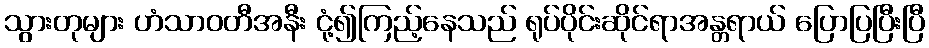
သွားတုများ ဟံသာဝတီအနီး ငုံ့၍ကြည့်နေသည် ရုပ်ပိုင်းဆိုင်ရာအန္တရာယ် ပြောပြပြီးပြီ